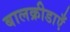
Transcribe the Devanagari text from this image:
बालक्रीडाएँ